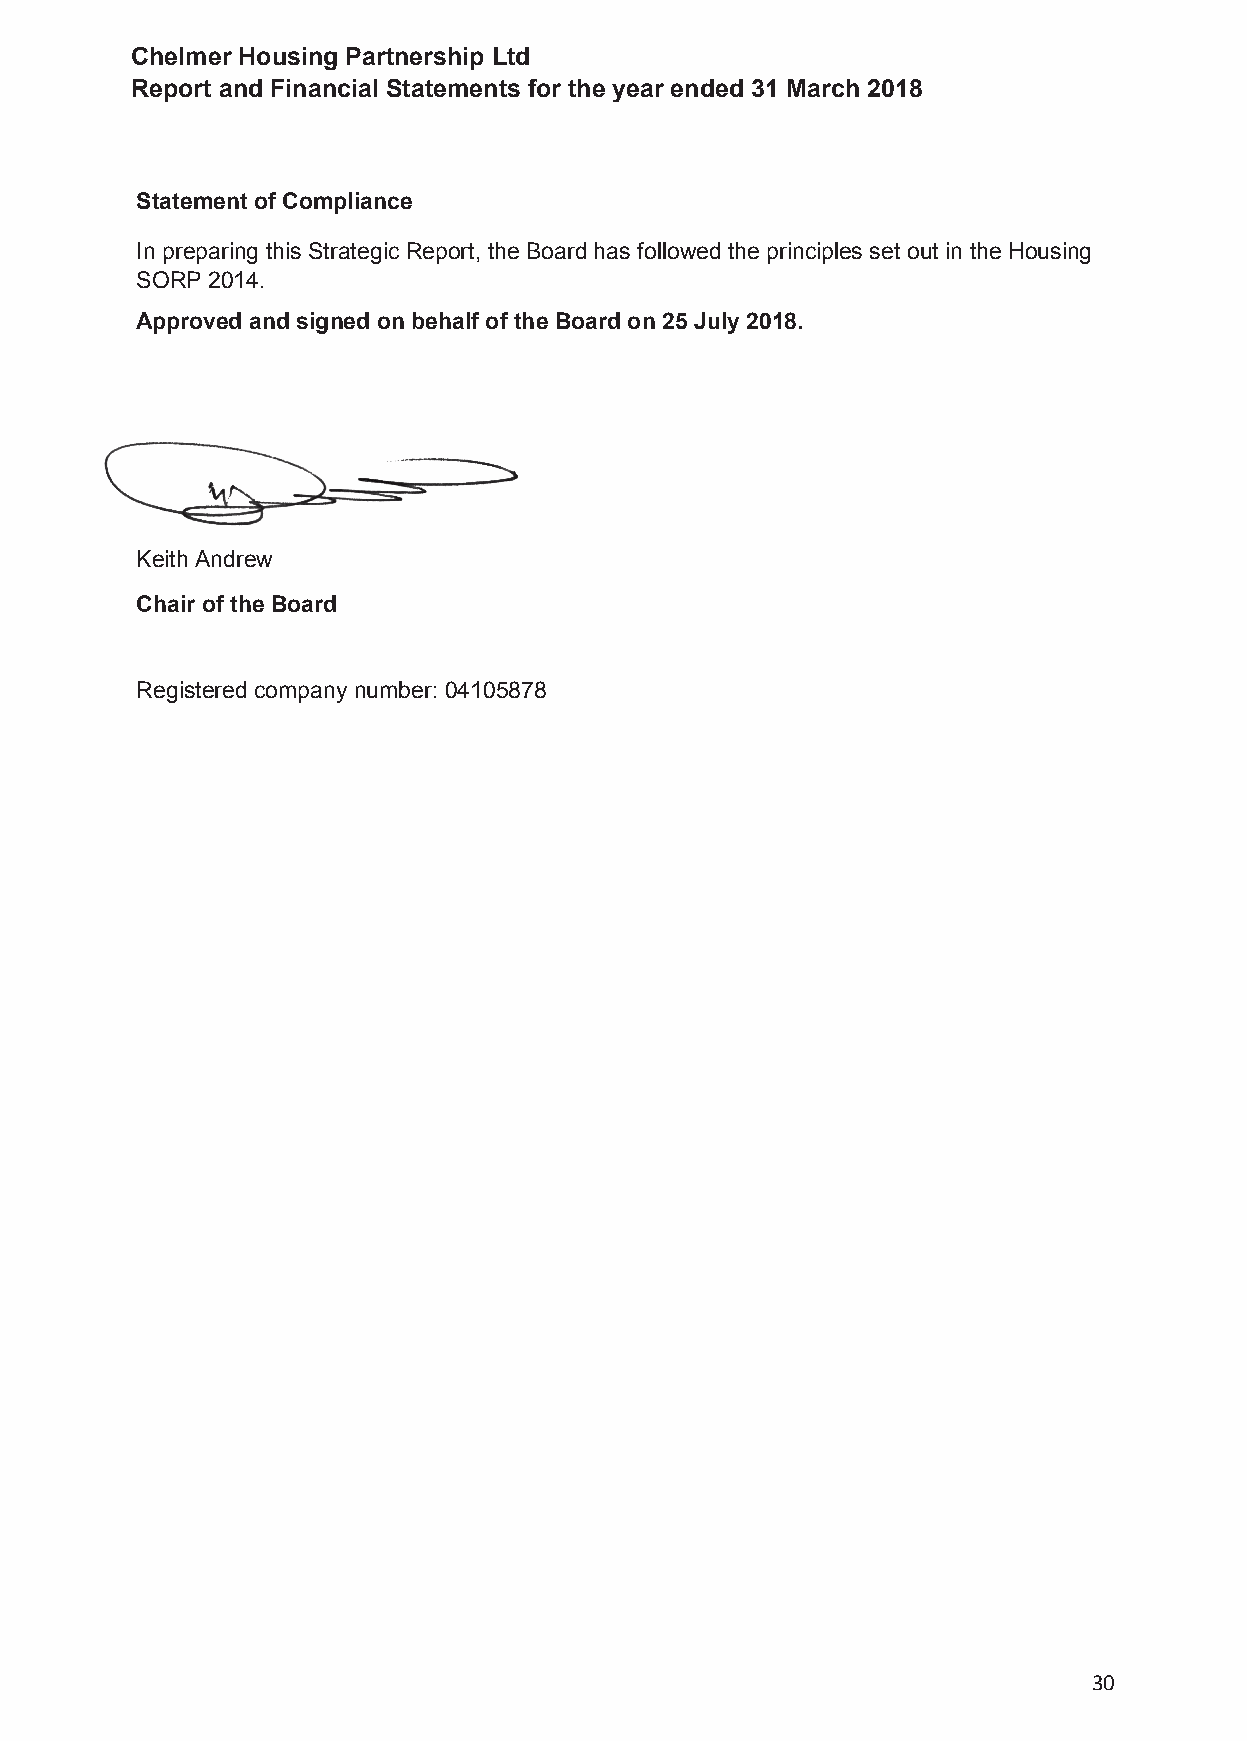
Chelmer Housing Partnership Ltd
 Report and Financial Statements for the year ended 31 March 2018
 Statement of Compliance
 In preparing this Strategic Report, the Board has followed the principles set out in the Housing
 SORP 2014.
 Approved and signed on behalf of the Board on 25 July 2018.
 Keith Andrew
 Chair of the Board
 Registered company number: 04105878
 30